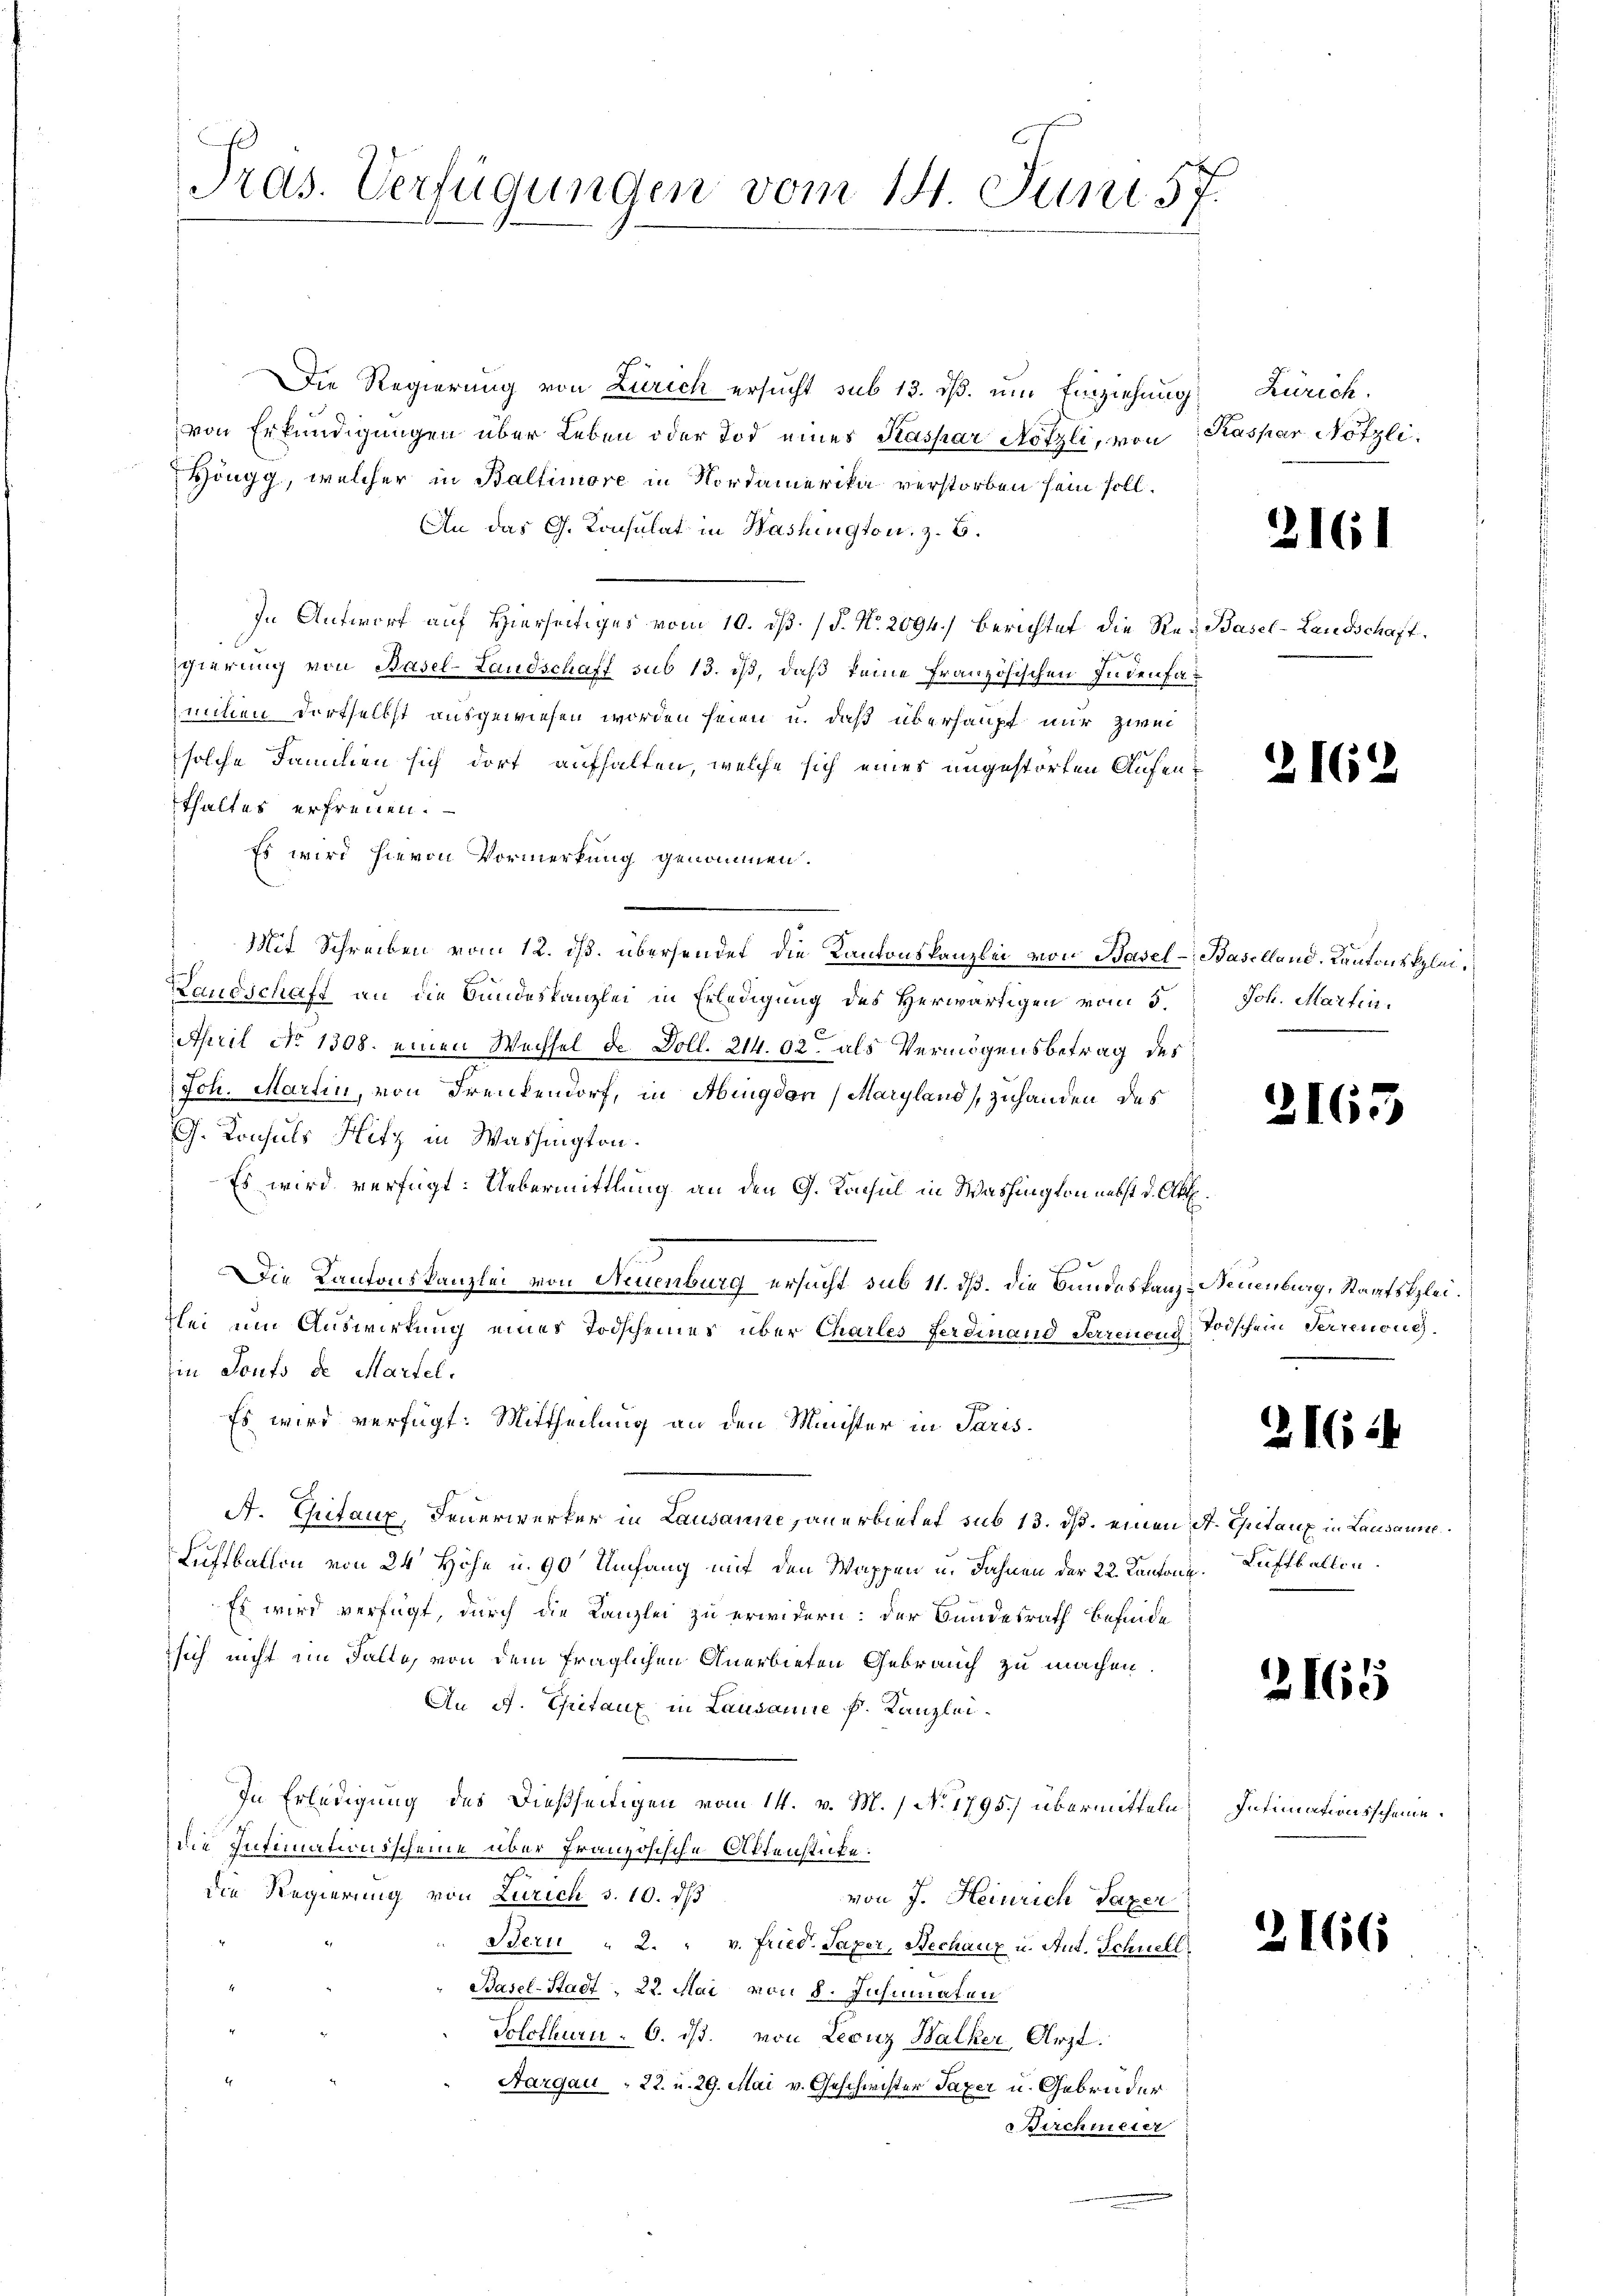
Pras. Verfügungen vom 14. Juni 57.

Die Regierung von Zürich ersucht sub 13. ds. um Einziehung Zürich
von Erkundigungen über Leben oder Tod eines Kaspar Nötzli, von Kaspar Nötzli
Höngg, welcher in Baltimore in Nordamerika verstorben sein soll.
An das G. Konsulat in Washington, z. B.
In Antwort auf Hierseitiges vom 10. dβ (§. N. 2094.) Berichtet die Red Basel-Landschaft.
gierung von Basel-Landschaft sub 13. ist, daß keine französischen Indenfaminen dortselbst ausgewiesen worden seien u. daß überhaupt nur zwei
solche Familien sich dort aufhalten, welche sich eines ungestörten Aufenthaltes erfreuen.
Es wird hievon Vormerkung genommen.
Mit Schreiben vom 12. ds. übersendet, die Kantonskanzlei von Basel - Baselland. Kantonsklei¬
Landschaft an die Bundeskanzlei in Erledigung des Herwärtigen vom 5.
April No 1308. einen Wechsel de Doll. 214. 02. als Vermögensbetrag des
Joh. Martin, von Frenkendorf, in Abingden (Maryland, zuhanden des
J. Konsuls Hitz in Washington.
Es wird verfügt: Uebermittlung an den G. Konsul in Washington nebst d. Abt.
Die Kantonskanzlei von Neuenburg ersucht sub 11. dß. die Bundeskanz-Neuenburg, Staatskleizlei um Auswirkung eines Todscheines über Charles Ferdinand Serenen Todschein Parenone.
in Sonts de Martel.
Es wird verfügt: Mittheilung an den Minister in Paris¬
A. Chitaux, Feuerwerfer in Lausanne anerbietet sub 13. ds. einen St. Geitaux in Lausanne
Luftballon von 24 Höhe u. 90 Umfang mit den Wappen u. Fahnen der 22. Kanton Luftballen.
Es wird verfügt, durch die Kanzlei zu erwidern: der Bundesrath befinde
sich nicht im Falle, von dem fraglichen Anerbieten Gebrauch zu machen.
An A. Chitaux in Lausanne k. Kanzlei.
In Erledigung des dießseitigen vom 14. v. M. / No 1795.) übermitteln
die Intimationsscheine über französische Aktenstücke.
i
die Regierung von Zürich S. 10. ds
von J. Heinrich Saxer
Bern " 2. " v. Fried. Saxer, Mechanz u. Ant. Schnell
Basel-Stadt, 22. Mai von 8. Insinuaten
Solothurn - 6. ds. von Leonz Balker, Arzt.
Aargau 22. u. 29. Mai v. Geschwister Saxer u. Gebrüder
irchmeier

2161

2162

Joh. Martin.
n

2165

2164

2165

Intimationsscheine.

2166